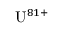
{ \mathrm { U } } ^ { 8 1 + }